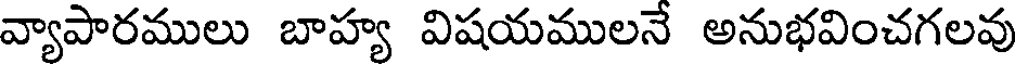
వ్యాపారములు బాహ్య విషయములనే అనుభవించగలవు